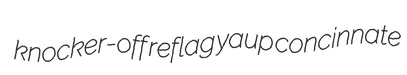
knocker-off reflag yaup concinnate